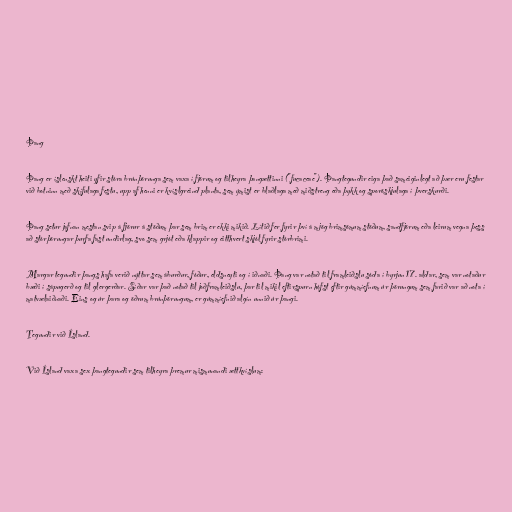
Þang

Þang er íslenskt heiti yfir stóra brúnþörunga sem vaxa í fjörum og tilheyra þangættinni ("fucaceae"). Þangtegundir eiga það sameiginlegt að þær eru festar
við botninn með skífulaga festu, upp af henni er kvíslgreind planta, sem ýmist er blaðlaga með miðstreng eða þykk og sporöskjulaga í þverskurði.

Þang setur jafnan mestan svip á fjörur á stöðum þar sem brim er ekki mikið. Lítið fer fyrir því á mjög brimsömum stöðum, sandfjörum eða leirum vegna þess
að stórþörungar þurfa fast undirlag, svo sem grjót eða klappir og eitthvert skjól fyrir stórbrimi.

Margar tegundir þangs hafa verið nýttar sem áburður, fóður, eldsneyti og í iðnaði. Þang var notað til framleiðslu sóda í byrjun 17. aldar, sem var notaður
bæði í sápugerð og til glergerðar. Síðar var það notað til joðframleiðslu, þar til mikil eftirspurn hófst eftir gúmmíefnum úr þörungum sem farið var að nota í
matvælaiðnaði. Eins og úr þara og öðrum brúnþörungum, er gúmmíefnið algín unnið úr þangi.

Tegundir við Ísland.

Við Ísland vaxa sex þangtegundir sem tilheyra þremur mismunandi ættkvíslum: